Report on sanitation, dispensaries, and jails in Rajputana for 1910, and on vaccination for the year 1910-1911 - 1910-1911
Year: 1910
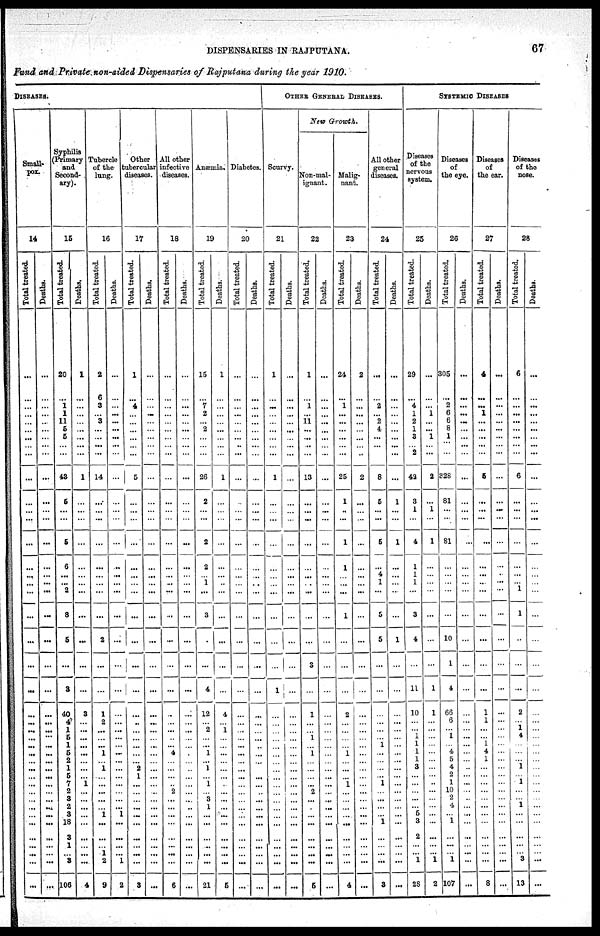
DISPENSARIES IN RAJPUTANA.
67
Fund and Private non-aided Dispensaries of Rajputana during the year 1910.
DISEASES.
Small-
pox.
14
Total treated.
...
...
...
...
...
...
...
... ...
...
...
...
...
...
...
...
...
...
...
...
...
...
...
...
...
...
...
...
...
...
...
...
...
...
...
...
...
...
...
...
...
...
Deaths.
...
...
...
...
...
...
...
... ...
...
...
...
...
...
...
...
...
...
...
...
...
...
...
...
...
...
...
...
...
...
...
...
...
...
...
...
...
...
...
...
...
...
Syphilis
(Primary
and
Second-
ary).
15
Total treated.
20
...
1
1
11
5
5
... ...
43
5
...
...
5
6
...
...
2
8
5
...
3
40
4
1
5
1
5
2
1
5
7
2
3
2
3
18
3
1
... 3
106
Deaths.
1
...
...
...
...
...
...
... ...
1
...
...
...
...
...
...
...
...
...
...
...
...
3
...
...
...
...
...
...
...
...
1
...
...
...
...
...
...
...
...
...
4
Tubercle
of the
lung.
16
Total treated.
2
6
3
...
3
...
...
... ...
14
...
...
...
...
...
...
...
...
...
2
...
...
1
2
...
...
...
1
...
1
...
...
...
...
...
1
...
...
...
1 2
9
Deaths.
...
...
...
...
...
...
...
... ...
...
...
...
...
...
...
...
...
...
...
...
...
...
...
...
...
...
...
...
...
...
...
...
...
...
...
1
...
...
...
... 1
2
Other
tubercular
diseases.
17
Total treated.
1
...
4
...
...
...
...
... ...
5
...
...
...
...
...
...
...
...
...
...
...
...
...
...
...
...
...
...
...
2
1
...
...
...
...
...
...
...
...
...
...
3
Deaths.
...
...
...
...
...
...
...
... ...
...
...
...
...
...
...
...
...
...
...
...
...
...
...
...
...
...
...
...
...
...
...
...
...
...
...
...
...
...
...
...
...
...
All other
infective
diseases.
18
Total treated.
...
...
...
...
...
...
...
... ...
...
...
...
...
...
...
...
...
...
...
...
...
...
...
...
...
...
...
4
...
...
...
..
2
...
...
...
...
...
...
...
...
6
Deaths.
...
...
...
...
...
...
...
... ...
...
...
...
...
...
...
...
...
...
...
...
...
...
...
...
...
...
...
...
...
...
...
...
...
...
...
...
...
...
...
...
...
...
Anæmia.
19
Total treated.
15
...
7
2
...
2
...
... ...
26
2
...
...
2
2
...
1
...
3
...
...
4
12
...
2
...
...
1
...
1
...
1
...
3
1
...
...
...
..
...
...
21
Deaths.
1
...
...
...
...
...
...
... ...
1
...
...
...
...
...
...
...
...
...
...
...
...
4
...
1
...
...
...
...
...
...
...
...
...
...
...
...
...
...
...
...
5
Diabetes.
20
Total treated.
...
...
...
...
...
...
...
... ...
...
...
...
...
...
...
...
...
...
...
...
...
...
...
...
...
...
...
...
...
...
...
...
...
...
...
...
...
...
...
...
...
...
Deaths.
...
...
...
...
...
...
...
... ...
...
...
...
...
...
...
...
...
...
...
...
...
...
...
...
...
...
...
...
...
...
...
...
...
...
...
...
...
...
...
...
...
...
OTHER GENERAL DISEASES.
Scurvy.
21
Total treated.
1
...
...
...
...
...
...
... ...
1
...
...
...
...
...
...
...
...
...
...
...
1
...
...
...
...
...
...
...
...
...
...
...
...
...
...
...
...
...
...
...
...
Deaths.
...
...
...
...
...
...
...
... ...
...
...
...
...
...
...
...
...
...
...
...
...
...
...
...
...
...
...
...
...
...
...
...
...
...
...
...
...
...
...
...
...
...
New Growth.
Non-mal-
ignant.
22
Total treated.
1
...
1
...
11
...
...
... ...
13
...
...
...
...
...
...
...
...
...
...
3
...
1
...
...
1
...
1
...
...
...
...
2
...
...
...
...
...
...
...
...
5
Deaths.
...
...
...
...
...
...
...
... ...
...
...
...
...
...
...
...
...
...
...
...
...
...
...
...
...
...
...
...
...
...
...
...
...
...
...
...
...
...
...
...
...
...
Malig-
nant.
23
Total treated.
24
...
1
...
...
...
...
... ...
25
1
...
...
1
1
...
...
...
1
...
...
...
2
...
...
...
...
1
...
...
...
1
...
...
...
...
...
...
...
...
...
4
Deaths.
2
...
...
...
...
...
...
... ...
2
...
...
...
...
...
...
...
...
...
...
...
...
...
...
...
...
...
...
...
...
...
...
...
...
...
...
...
...
...
...
...
...
All other
general
diseases.
24
Total treated.
...
...
2
...
2
4
...
...
8
5
...
...
5
...
4
1
...
5
5
...
...
...
...
...
...
1
...
...
...
...
1
...
...
...
...
1
...
...
...
...
3
Deaths.
...
...
...
...
...
...
...
... ...
...
1
...
...
1
...
...
...
...
...
1
...
...
...
...
...
...
...
...
...
...
...
...
...
...
...
...
...
...
...
...
...
...
SYSTEMIC DISEASES
Diseases
of the
nervous
system.
25
Total treated.
29
...
4
1
2
1
3
... 2
42
3
1
...
4
1
1
1
...
3
4
...
11
10
...
...
1
1
1
1
3
...
...
...
...
...
5
3
2
...
... 1
28
Deaths.
...
...
...
1
...
...
1
... ...
2
...
1
...
1
...
...
...
...
...
...
...
1
1
...
...
...
...
...
...
...
...
..
...
...
...
...
...
...
...
... 1
2
Diseases
of
the eye.
26
Total treated.
305
...
2
6
6
8
1
... ...
328
81
...
...
81
...
...
...
...
...
10
1
4
66
6
...
1
...
4
5
4
2
1
10
2
4
...
1
...
...
... 1
107
Deaths.
...
...
...
...
...
...
...
... ...
...
...
...
...
...
...
...
...
...
...
...
...
...
...
...
...
...
...
...
...
..
...
...
...
..
...
...
...
...
...
...
...
...
Diseases
of
the ear.
27
Total treated.
4
...
...
1
...
...
...
... ...
5
...
...
...
...
...
...
...
...
...
...
...
...
1
1
...
...
1
4
1
...
...
...
...
...
...
...
...
...
...
...
...
8
Deaths.
...
...
...
...
...
...
...
... ...
...
...
...
...
...
...
...
...
...
...
...
...
...
...
...
...
...
...
...
...
...
...
...
...
...
...
...
...
...
...
...
...
...
Diseases
of the
nose.
28
Total treated.
6
...
...
...
...
...
...
... ...
6
...
...
...
...
...
...
...
1
1
...
...
...
2
...
1
4
...
...
...
1
...
1
...
...
1
...
...
...
...
... 3
13
Deaths.
...
...
...
...
...
...
...
... ...
...
...
...
...
...
...
...
...
...
...
...
...
...
...
...
...
...
...
...
...
...
...
...
...
...
...
...
...
...
...
...
...
...